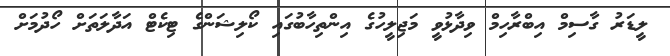
ލީޑަރު ގާސިމް އިބްރާހިމް ވިދާޅުވީ މަޖިލީހުގެ އިންތިހާބުގައި ކޯލިޝަންގެ ޓިކެޓް އަދާލަތަށް ހޯދުމަށް